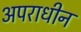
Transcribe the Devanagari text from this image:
अपराधीन